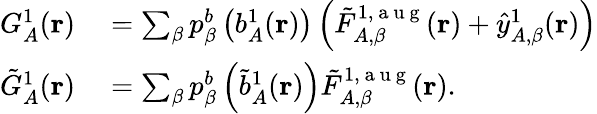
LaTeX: \begin{array}{rl}{G_{A}^{1}(\mathbf{r})}&{{}=\sum_{\beta}p_{\beta}^{b}\left(b_{A}^{1}(\mathbf{r})\right)\left(\tilde{F}_{A,\beta}^{1,\mathrm{~a~u~g~}}(\mathbf{r})+\hat{y}_{A,\beta}^{1}(\mathbf{r})\right)}\\ {\tilde{G}_{A}^{1}(\mathbf{r})}&{{}=\sum_{\beta}p_{\beta}^{b}\left(\tilde{b}_{A}^{1}(\mathbf{r})\right)\tilde{F}_{A,\beta}^{1,\mathrm{~a~u~g~}}(\mathbf{r}).}\end{array}